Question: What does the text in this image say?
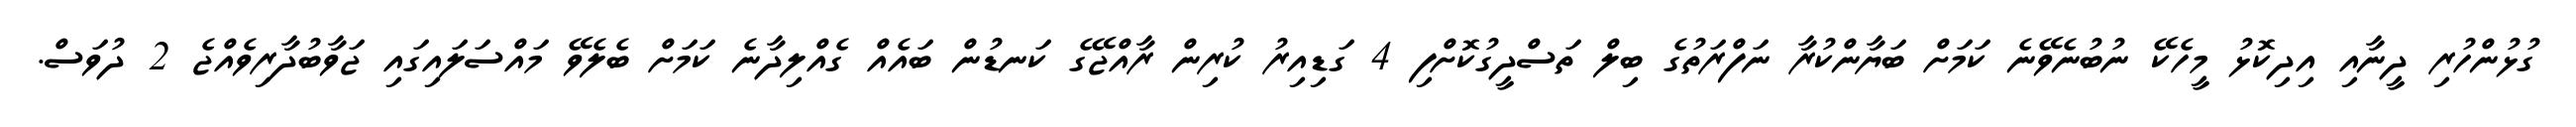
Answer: ގުޅުންހުރި ދީނާއި އިދިކޮޅު މީހެކޭ ނުބުނެވޭނެ ކަމަށް ބަޔާންކުރާ ނަފްރަތުގެ ބިލް ތަސްދީގުކޮށްފި 4 ގަޑިއިރު ކުރިން ރާއްޖޭގެ ކަނޑުން ބައެއް ގެއްލިދާނެ ކަމަށް ބެލެވޭ މައްސަލައިގައި ޖަވާބުދާރިވެއްޖެ 2 ދުވަސް.